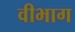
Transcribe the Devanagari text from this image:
वीभाग